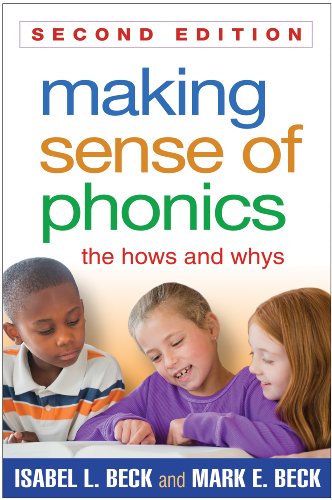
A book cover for Making Sense of Phonics, Second Edition: The Hows and Whys; Isabel L. Beck PhD; Education & Teaching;